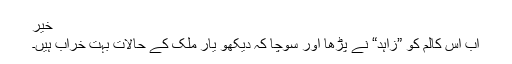
خیر
اب اس کالم کو ”زاہد“ نے پڑھا اور سوچا کہ دیکھو یار ملک کے حالات بہت خراب ہیں۔